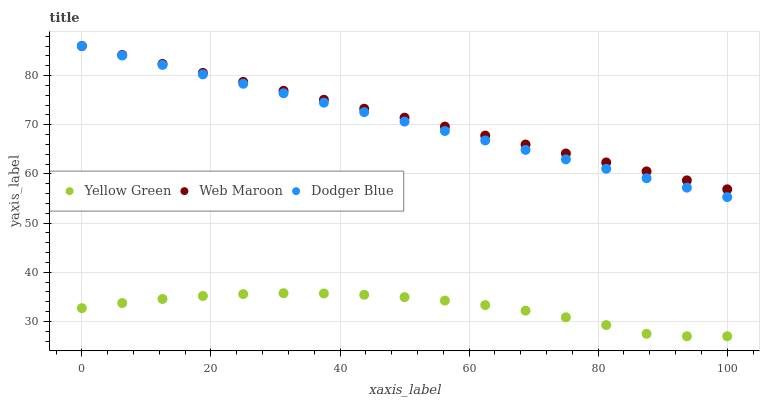
| xaxis_label | Yellow Green | Web Maroon | Dodger Blue |
 | --- | --- | --- | --- |
 | 0 | 32.7 | 86 | 86 |
 | 6.25 | 33.8 | 84.2 | 84.1 |
 | 12.5 | 34.6 | 82.4 | 82.2 |
 | 18.8 | 35.2 | 80.5 | 80.2 |
 | 25 | 35.6 | 78.7 | 78.3 |
 | 31.2 | 35.7 | 76.9 | 76.4 |
 | 37.5 | 35.7 | 75.1 | 74.5 |
 | 43.8 | 35.4 | 73.3 | 72.6 |
 | 50 | 35 | 71.4 | 70.6 |
 | 56.2 | 34.3 | 69.6 | 68.7 |
 | 62.5 | 33.3 | 67.8 | 66.8 |
 | 68.8 | 32.2 | 66 | 64.9 |
 | 75 | 30.8 | 64.2 | 63 |
 | 81.2 | 29.3 | 62.3 | 61 |
 | 87.5 | 27.5 | 60.5 | 59.1 |
 | 93.8 | 27 | 58.7 | 57.2 |
 | 100 | 27 | 56.9 | 55.3 |